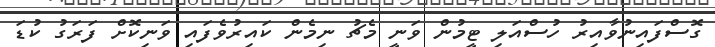
ގޮސްފައިނުވާއިރު ހުސްއަލި ޓީމުން ވަނީ މެޗު ނިމެން ކައިރުވެފައި ވަނިކޮށް ފަރަގު ކުޑަ